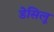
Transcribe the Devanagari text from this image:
डेसिलू